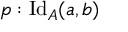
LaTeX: p : \mathrm { I d } _ { A } ( a , b )